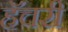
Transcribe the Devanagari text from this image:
हॅचरी